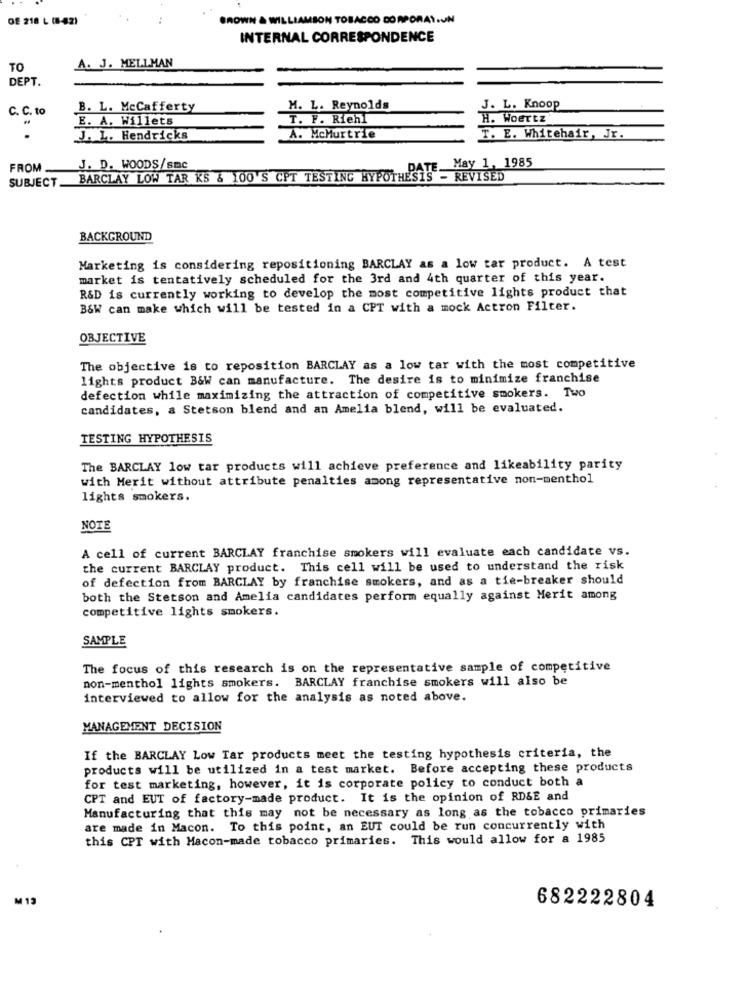
OE 218 L (42)
BROWN & WILLIAMSON TOBACCO CORPORATION
INTERNAL CORRESPONDENCE
A. J. MELLMAN
TO
DEPT.
C. C. to
B. L. McCafferty
M. L. Reynolds
J. L. Knoop
E. A. Willets
T. F. Riehl
H. Woertz
J. L. Hendricks
A. McMurtrie
T. E. Whitehair, Jr.
FROM
J. D. WOODS/smc
DATE.
May 1, 1985
SUBJECT_ BARCLAY LOW TAR KS & 100'S CPT TESTING HYPOTHESIS - REVISED
BACKGROUND
Marketing is considering repositioning BARCLAY as a low tar product. A test
market is tentatively scheduled for the 3rd and 4th quarter of this year.
R&D is currently working to develop the most competitive lights product that
B&W can make which will be tested in a CPT with a mock Actron Filter.
OBJECTIVE
The objective is to reposition BARCLAY as a low tar with the most competitive
lights product B&W can manufacture. The desire is to minimize franchise
defection while maximizing the attraction of competitive smokers. Two
candidates, a Stetson blend and an Amelia blend, will be evaluated.
TESTING HYPOTHESIS
The BARCLAY low tar products will achieve preference and likeability parity
with Merit without attribute penalties among representative non-menthol
lights smokers.
NOTE
A cell of current BARCLAY franchise smokers will evaluate each candidate vs.
the current BARCLAY product. This cell will be used to understand the risk
of defection from BARCLAY by franchise smokers, and as a tie-breaker should
both the Stetson and Amelia candidates perform equally against Merit among
competitive lights smokers.
SAMPLE
The focus of this research is on the representative sample of competitive
non-menthol lights smokers. BARCLAY franchise smokers will also be
interviewed to allow for the analysis as noted above.
MANAGEMENT DECISION
If the BARCLAY Low Tar products meet the testing hypothesis criteria, the
products will be utilized in a test market. Before accepting these products
for test marketing, however, it is corporate policy to conduct both a
CPT and EUT of factory-made product. It is the opinion of RD&E and
Manufacturing that this may not be necessary as long as the tobacco primaries
are made in Macon. To this point, an EUT could be run concurrently with
this CPT with Macon-made tobacco primaries. This would allow for a 1985
M 12
682222804